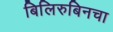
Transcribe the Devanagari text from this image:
बिलिरुबिनचा